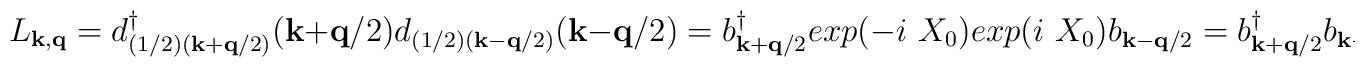
L_{ {\bf{k}}, {\bf{q}} } = d^{\dagger}_{ (1/2)({\bf{k}} + {\bf{q}}/2) }({\bf{k}} + {\bf{q}}/2)d_{ (1/2)({\bf{k}} - {\bf{q}}/2) }({\bf{k}} - {\bf{q}}/2) = b^{\dagger}_{ {\bf{k}} + {\bf{q}}/2 }exp(-i\mbox{ }X_{0})exp(i\mbox{ }X_{0})b_{ {\bf{k}} - {\bf{q}}/2 } = b^{\dagger}_{ {\bf{k}} + {\bf{q}}/2 }b_{ {\bf{k}} - {\bf{q}}/2 }